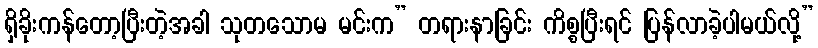
ရှိခိုးကန်တော့ပြီးတဲ့အခါ သုတသောမ မင်းက” တရားနာခြင်း ကိစ္စပြီးရင် ပြန်လာခဲ့ပါမယ်လို့”